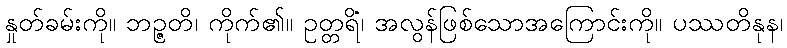
နှုတ်ခမ်းကို။ ဘဉ္ဇတိ၊ ကိုက်၏။ ဥတ္တရိံ၊ အလွန်ဖြစ်သောအကြောင်းကို။ ပဿတိနုန၊